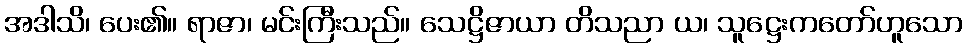
အဒါသိ၊ ပေး၏။ ရာဇာ၊ မင်းကြီးသည်။ သေဋ္ဌိဇာယာ တိသညာ ယ၊ သူဋ္ဌေးကတော်ဟူသော